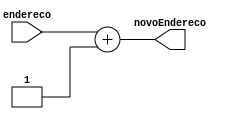
module IncrementoEndereco(
  input wire [15:0] endereco,
  output reg [15:0] novoEndereco
);

  always @(*) begin
    novoEndereco = endereco + 1;
  end

endmodule